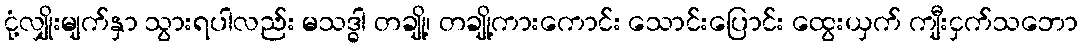
ငုံ့လျှိုးမျက်နှာ သွားရပါလည်း မသဒ္ဓါ တချို့၊ တချို့ကားကောင်း သောင်းပြောင်း ထွေးယှက် ကျီးငှက်သဘော